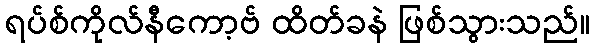
ရပ်စ်ကိုလ်နီကော့ဗ် ထိတ်ခနဲ ဖြစ်သွားသည်။